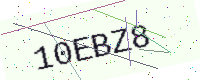
Text: 10EBZ8